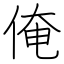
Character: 俺